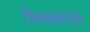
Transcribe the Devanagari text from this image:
विस्कोन्ती